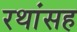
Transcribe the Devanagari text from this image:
रथांसह